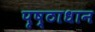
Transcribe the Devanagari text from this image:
पृष्ठाधान